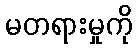
မတရားမှုကို